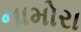
નામોરા